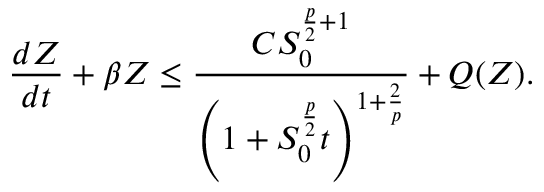
\frac { d Z } { d t } + \beta Z \le \frac { C S _ { 0 } ^ { \frac { p } { 2 } + 1 } } { \left( 1 + S _ { 0 } ^ { \frac { p } { 2 } } t \right) ^ { 1 + \frac { 2 } { p } } } + Q ( Z ) .